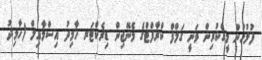
ފުލުހުން މީގެކުރިން ވަނީ ގަލްފް ކްރާފްޓްގެ މެނޭޖިން ޑިރެކްޓަރ ހާމިދު އިސްމާއިލް (ހާމިދު